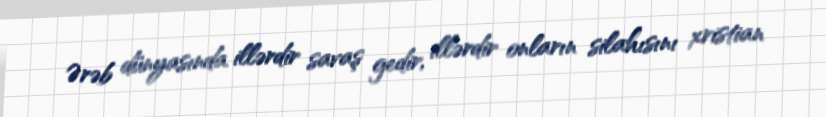
Ərəb dünyasında illərdir savaş gedir, illərdir onların silahısını xristian